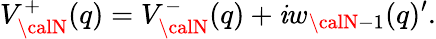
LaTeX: V_{\calN}^{+}(q)=V_{\calN}^{-}(q)+\mathit{i}w_{{\calN}-1}(q)^{\prime}.